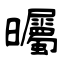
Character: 曯